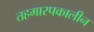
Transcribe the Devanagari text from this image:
तहमास्पकालीन